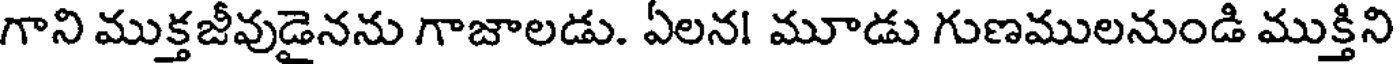
గాని ముక్తజీవుడైనను గాజాలడు. ఏలన! మూడు గుణములనుండి ముక్తిని